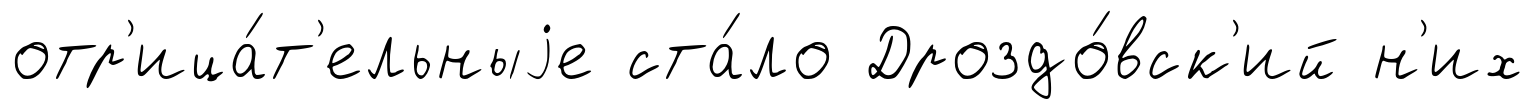
отр'ица́т'ельныjе ста́ло Дроздо́вск'ий н'их